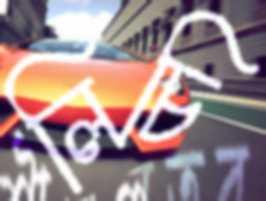
লিচি